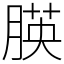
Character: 朠